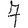
Digit: 7